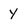
Character: Y